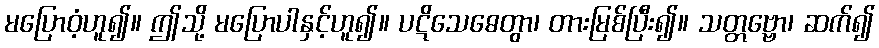
မပြောဝံ့ဟူ၍။ ဤသို့ မပြောပါနှင့်ဟူ၍။ ပဋိသေဓေတွာ၊ တားမြစ်ပြီး၍။ သတ္တဗ္ဗော၊ ဆက်၍